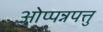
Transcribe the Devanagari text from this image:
ओप्पन्नपत्तु